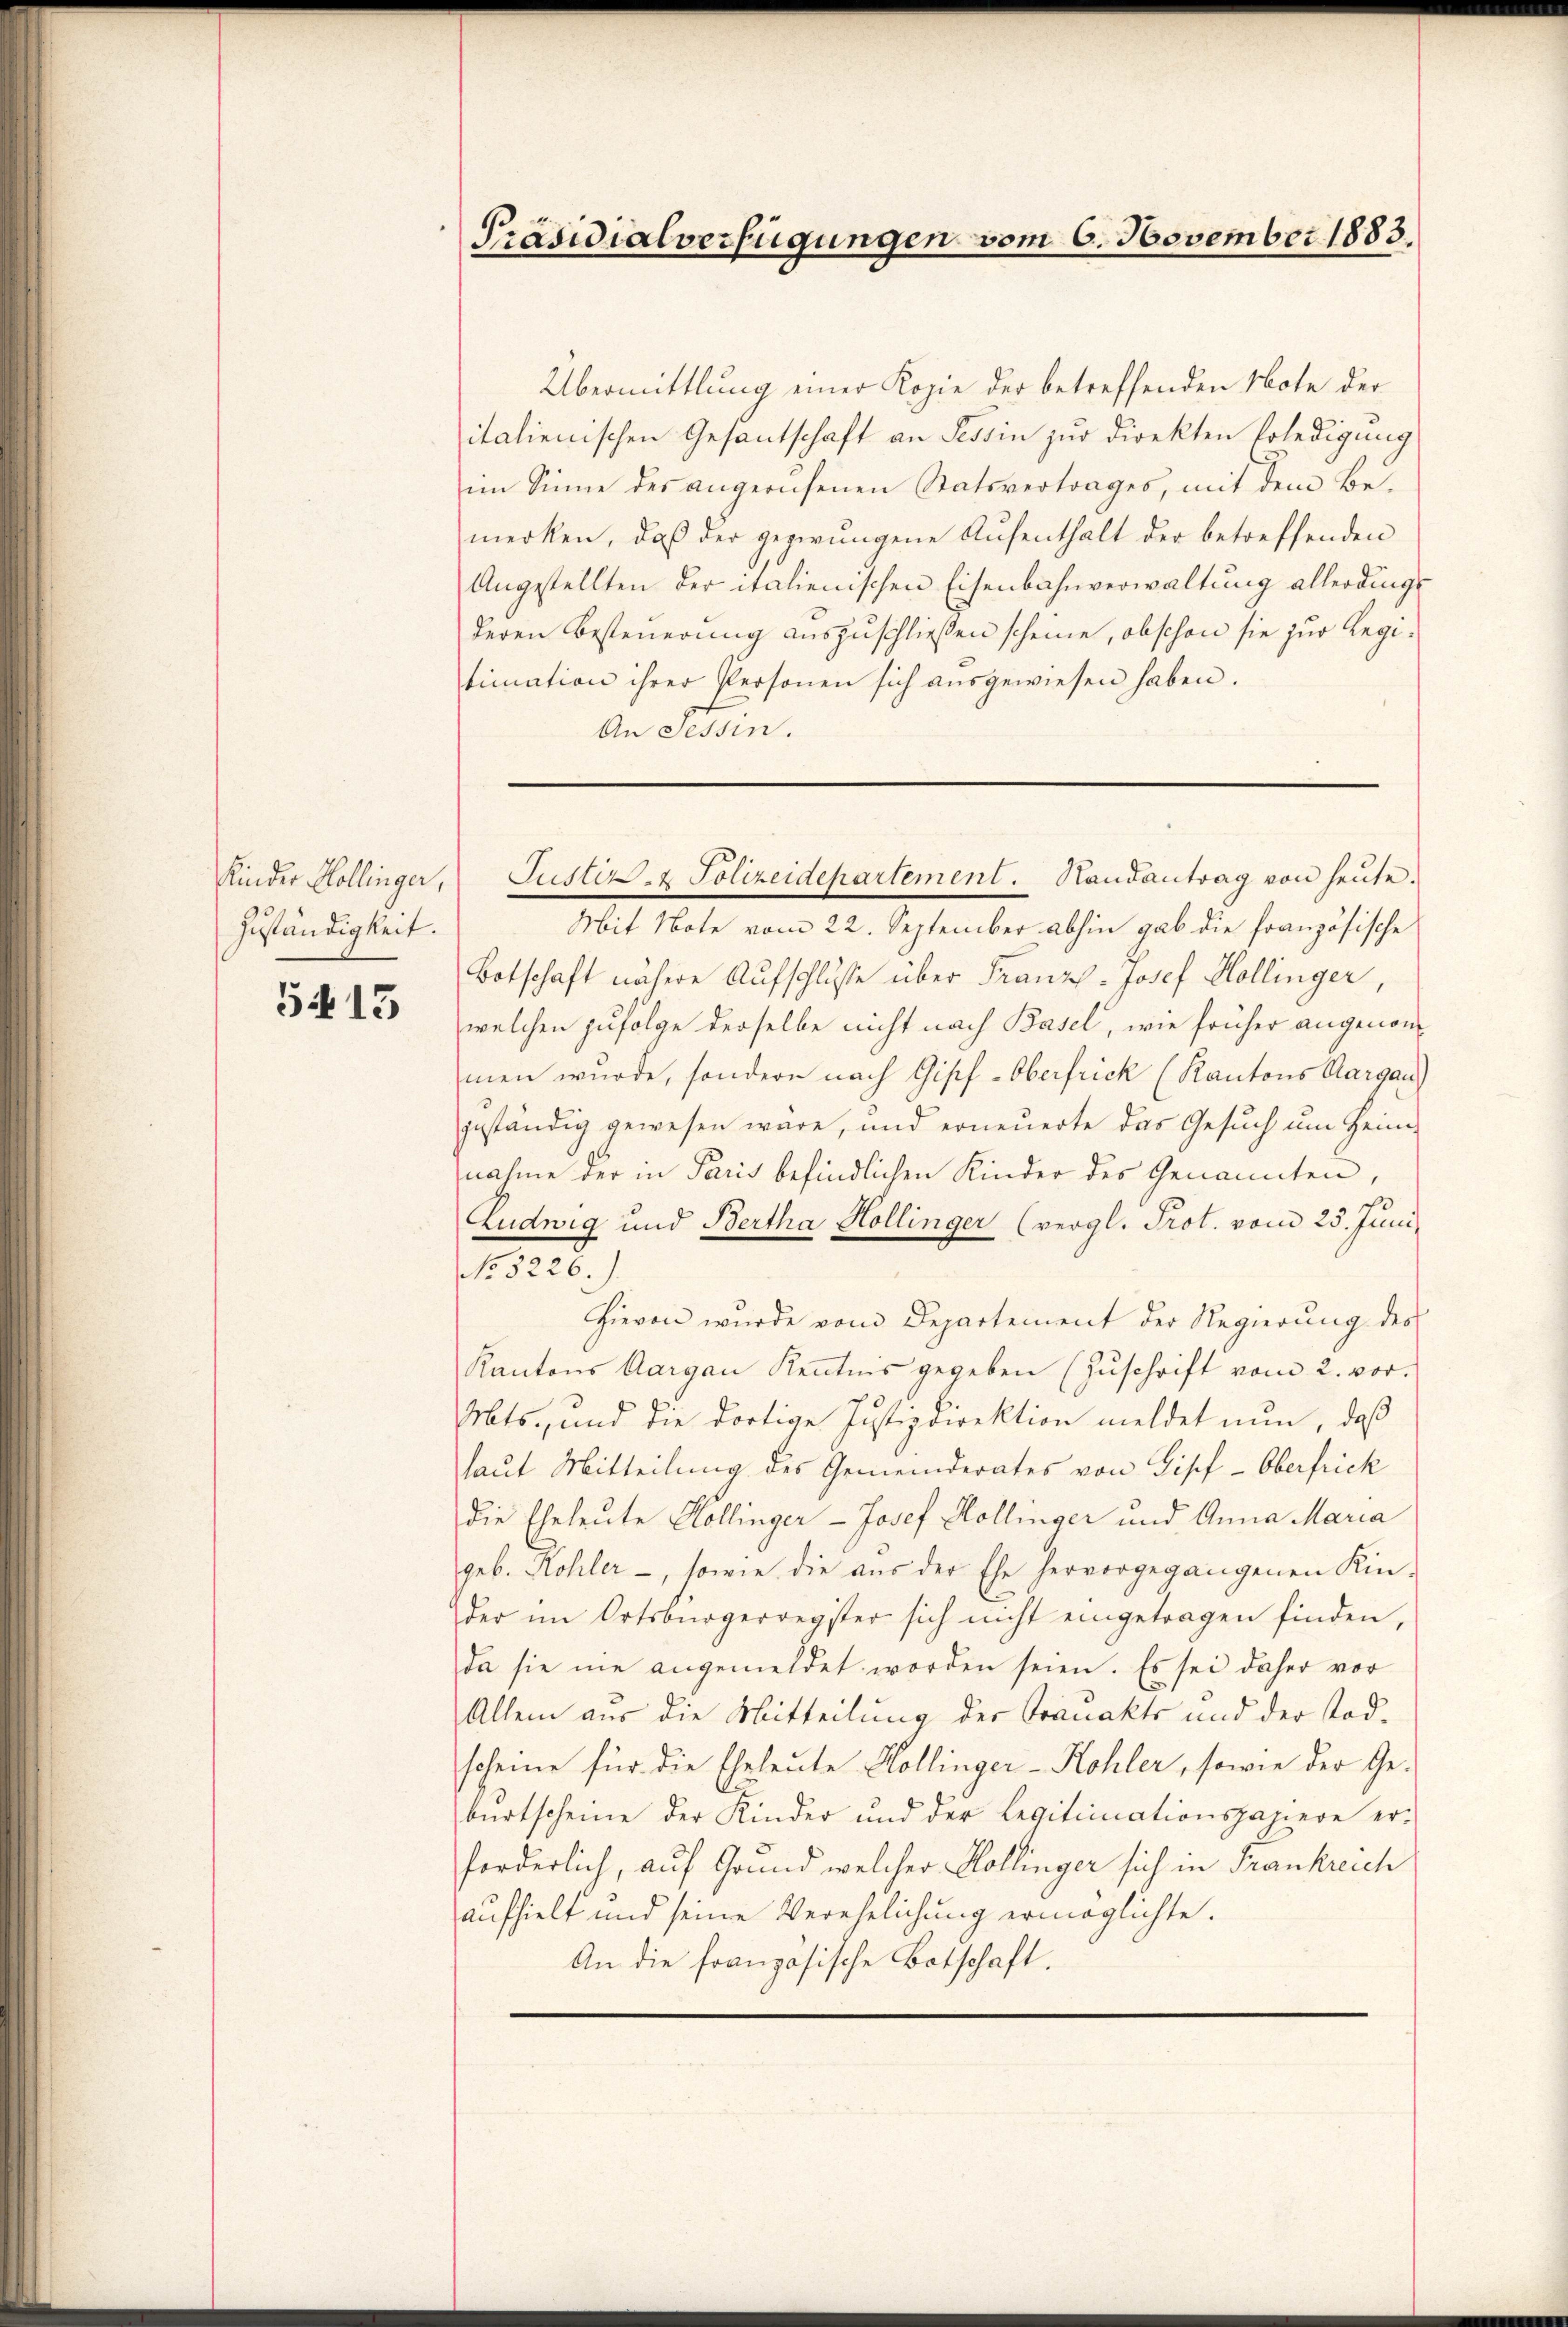
Zuständigkeit.

5415

Präsidialverfügungen vom 6. November 1883.

Übermittlung einer Kopie der betreffenden Note der
italienischen Gesantschaft an Tessin zur Direkten Erledigung
im Sinne des angerufenen Statsvertrages, mit dem Be-
merken, daß der gegerŭngene Aŭfenthalt der betreffenden
Angestellten der italienischen Eisenbahnverwaltung allerdings
deren Besteuerung auszuschließen scheine, obschon sie zur Regitimation ihrer Personen sich aŭsgewiesen haben.
An Tessin.

Mit Note vom 22. September abhin gab die französische
Botschaft nähere Aufschlusse über Franz-Josef Hollinger,
welchen zufolge derselbe nicht nach Basel, wie früher angenommen wurde, sondern nach Gipf-Oberfrick (Kantons Aargau)
geständig gewesen wäre, und erneuerte das Gesuch um Heimnahme der in Paris befindlichen Kinder des Genannten,
Ludwig und Bertha Hollinger (vergl. Prot. vom 25. Juni.
1.8.3.
Hievon wurde vom Departement der Regierŭng des
Kantons Aargau Kenntnis gegeben (Zŭschrift vom 2. vor.
Mts., und die dortige Justizdirektion meldet nun, daß
laut Mitteilung des Gemeinderates von Pipf-Oberfrick
die Eheleute Kollinger- Josef Hollinger und Anna Maria
geb. Kohler -, sowie die aus der Ehe hervorgegangenen Kin-
der im Ortsbürgerregister sich nicht eingetragen finden,
da sie nie angemeldet worden seien. Es sei daher vor
Allein aus die Mitteilung der Trauakts und der Todscheine für die Eheleute Hollinger-Kohler, sowie der Ge-
bŭrtscheine der Kinder und der Legitimationspapiere er-
forderlich, auf Grund welcher Kollinger sich in Frankreich
aufhielt und seine Verehelichung ermöglichte.
An die französische Botschaft.

Kinder Hollinger, Justiz- & Polizeidepartement. Handantrag von heŭte.